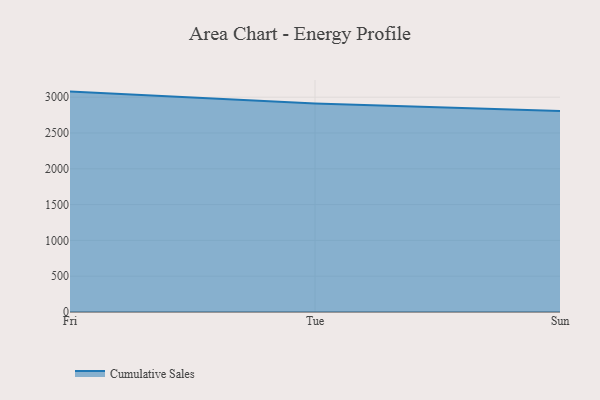
{"axis": {"x": "Day", "y": "Headcount"}, "legend": ["Cumulative Sales"], "data": [{"x": "Fri", "y": 3077.9, "type": "Cumulative Sales"}, {"x": "Tue", "y": 2913.0, "type": "Cumulative Sales"}, {"x": "Sun", "y": 2807.6, "type": "Cumulative Sales"}]}